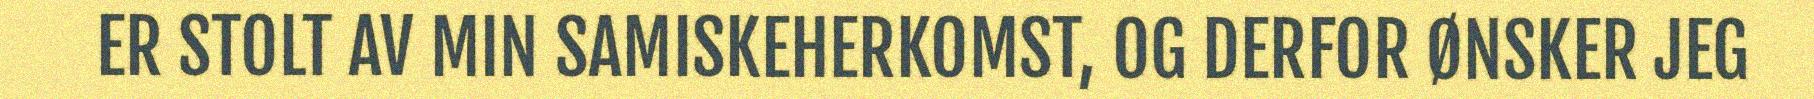
ER STOLT AV MIN SAMISKEHERKOMST, OG DERFOR ØNSKER JEG